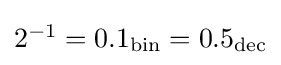
\textstyle 2^{-1}=0.1_{\text{bin}}=0.5_{\text{dec}}